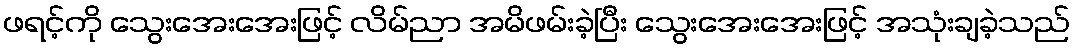
ဖရင့်ကို သွေးအေးအေးဖြင့် လိမ်ညာ အမိဖမ်းခဲ့ပြီး သွေးအေးအေးဖြင့် အသုံးချခဲ့သည်